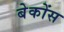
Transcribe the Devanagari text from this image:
बेकोंस